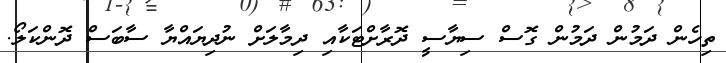
ތިހެން ދަމުން ދަމުން ގޮސް ސިޔާސީ ދޮރާށްޓަކާއި ދިމާލަށް ނުދިޔައްޔާ ސާބަސް ދޮންކަލޯ.